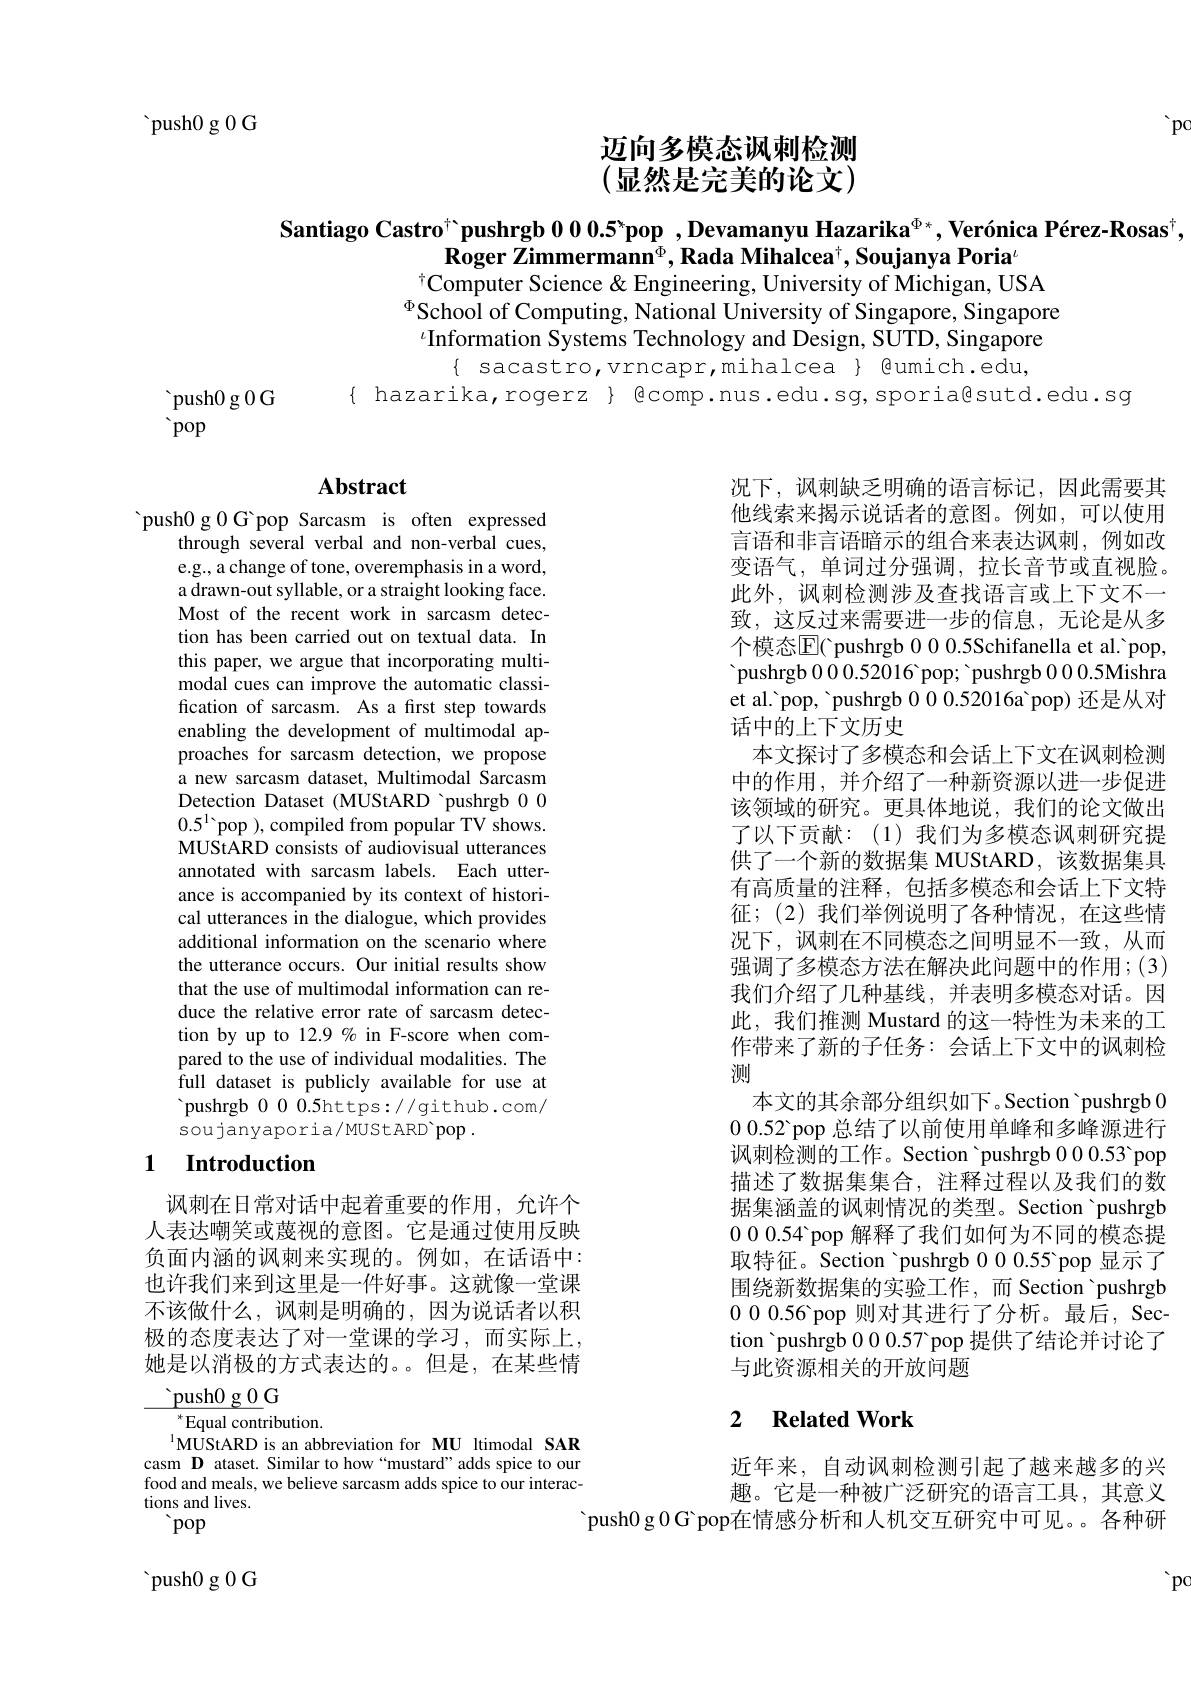
push0 g 0 G

$pc$

# 迈向多模态讽刺检测(显然是完美的论文)

Santiago Castro$^\text{“}$pushrgb 0 0 0.5”pop , Devamanyu Hazarika$^\Phi*,\text{Ver\'{o}nicaP\'{e}rez-Rosas}^\dagger$,
$\textbf{Roger Zimmermann}^{\Phi},\textbf{Rada Mihalcea}^{\dagger},\textbf{Soujanya Poria}^{u}$
$^{\dagger}$Computer Science & Engineering, University of Michigan, USA

$^{\Phi}$School of Computing, National University of Singapore, Singapore $\iota$Information Systems Technology and Design, SUTD, Singapore
$\{$ sacastro,vrncapr,mihalcea $\}$ @umich.edu,
$\{$ hazarika,rogerz $\}$ @comp.nus.edu.sg,sporiaßsutd.edu.sg

${\mathrm{~push0~g~0~G}}$

 pop

# Abstract

push0 g 0 G pop Sarcasm is often expressed
through several verbal and non-verbal cues, e.g., a change of tone, overemphasis in a word, a drawn-out syllable, or a straight looking face. Most of the recent work in sarcasm detection has been carried out on textual data. In this paper, we argue that incorporating multimodal cues can improve the automatic classification of sarcasm. As a first step towards enabling the development of multimodal approaches for sarcasm detection, we propose a new sarcasm dataset, Multimodal Sarcasm Detection Dataset (MUStARD 'pushrgb 00 $0.5^{1}$pop ), compiled from popular TV shows. MUStARD consists of audiovisual utterances annotated with sarcasm labels. Each utterance is accompanied by its context of historical utterances in the dialogue, which provides additional information on the scenario where the utterance occurs. Our initial results show that the use of multimodal information can reduce the relative error rate of sarcasm detection by up to 12.9 % in F-score when compared to the use of individual modalities. The full dataset is publicly available for use at pushrgb 0 0 0. 5https: / / github. com/ soujanyaporia/MUStARD'pop .
1 Introduction

讽刺在日常对话中起着重要的作用，允许个人表达嘲笑或蔑视的意图。它是通过使用反映负面内涵的讽刺来实现的。例如，在话语中： 也许我们来到这里是一件好事。这就像一堂课不该做什么，讽刺是明确的，因为说话者以积极的态度表达了对一堂课的学习，而实际上， 她是以消极的方式表达的。。但是，在某些情

$\underline{\text{push}0\:\mathrm{g~0}}$G
$^{*}$Equal contribution.
$^{1}$MUStARD is an abbreviation for MU ltimodal SAR casm D ataset. Similar to how“mustard”adds spice to our $\begin{array}{l}\text{food and meals, we believe sarcasm adds spice to our interac-}\\\text{tions and lives.}\end{array}$
 pop

况下，讽刺缺乏明确的语言标记，因此需要其他线索来揭示说话者的意图。例如，可以使用言语和非言语暗示的组合来表达讽刺，例如改变语气，单词过分强调，拉长音节或直视脸。此外，讽刺检测涉及查找语言或上下文不一致，这反过来需要进一步的信息，无论是从多个模态$\mathbb{E}($ pushrgb 0 0 0.5Schifanella et al.'pop, pushrgb 0 0 0.52016 pop; ' pushrgb 0 0 0.5Mishra et al.'pop, 'pushrgb 000.52016a'pop) 还是从对话中的上下文历史
本文探讨了多模态和会话上下文在讽刺检测中的作用，并介绍了一种新资源以进一步促进该领域的研究。更具体地说，我们的论文做出了以下贡献：(1)我们为多模态讽刺研究提供了一个新的数据集 MUStARD,该数据集具有高质量的注释，包括多模态和会话上下文特征；(2)我们举例说明了各种情况，在这些情况下，讽刺在不同模态之间明显不一致，从而强调了多模态方法在解决此问题中的作用；(3) 我们介绍了几种基线，并表明多模态对话。因此，我们推测 Mustard 的这一特性为未来的工作带来了新的子任务：会话上下文中的讽刺检测
本文的其余部分组织如下。Section 'pushrgb 00.52 pop 总结了以前使用单峰和多峰源进行讽刺检测的工作。Section 'pushrgb 00.53'pop 描述了数据集集合，注释过程以及我们的数据集涵盖的讽刺情况的类型。Section 'pushrgb 000.54 pop 解释了我们如何为不同的模态提取特征。Section 'pushrgb 000.55 pop 显示了围绕新数据集的实验工作，而 Section 'pushrgb 000.56 pop 则对其进行了分析。最后，Section 'pushrgb 00.0.57 pop 提供了结论并讨论了与此资源相关的开放问题

# 2 $\textbf{Related Work}$

近年来，自动讽刺检测引起了越来越多的兴趣。它是一种被广泛研究的语言工具，其意义
 push0g 0 G pop在 情 感 分 析 和 人 机 交 互 研 究 中 可 见 。 。 各 种 研

$\searrow$pc

${\mathrm{~push0~g~0~G}}$